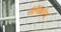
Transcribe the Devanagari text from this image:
सैनिंकांना